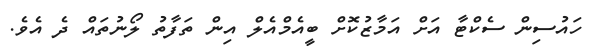
ހައުސިން ސެކްޓާ އަށް އަމާޒުކޮށް ބީއެމްއެލް އިން ތަފާތު ލޯނުތައް ދެ އެވެ.